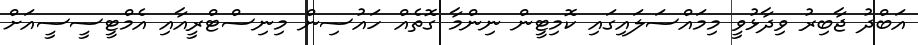
އަބްދު ޖާބިރު ވިދާޅުވީ މިމައްސަލައިގައި ކޮމިޓީން ނިންމާ ގޮތެއް ހައުސިން މިނިސްޓްރީއާއި އެމްޓީސީސީއަށް